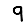
Digit: 9